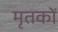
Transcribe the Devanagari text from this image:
मृतकोें